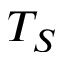
T _ { S }